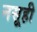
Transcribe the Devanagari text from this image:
नसूही